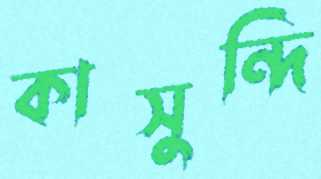
কাসুন্দি